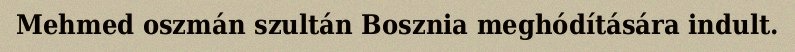
Mehmed oszmán szultán Bosznia meghódítására indult.